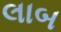
લાબ